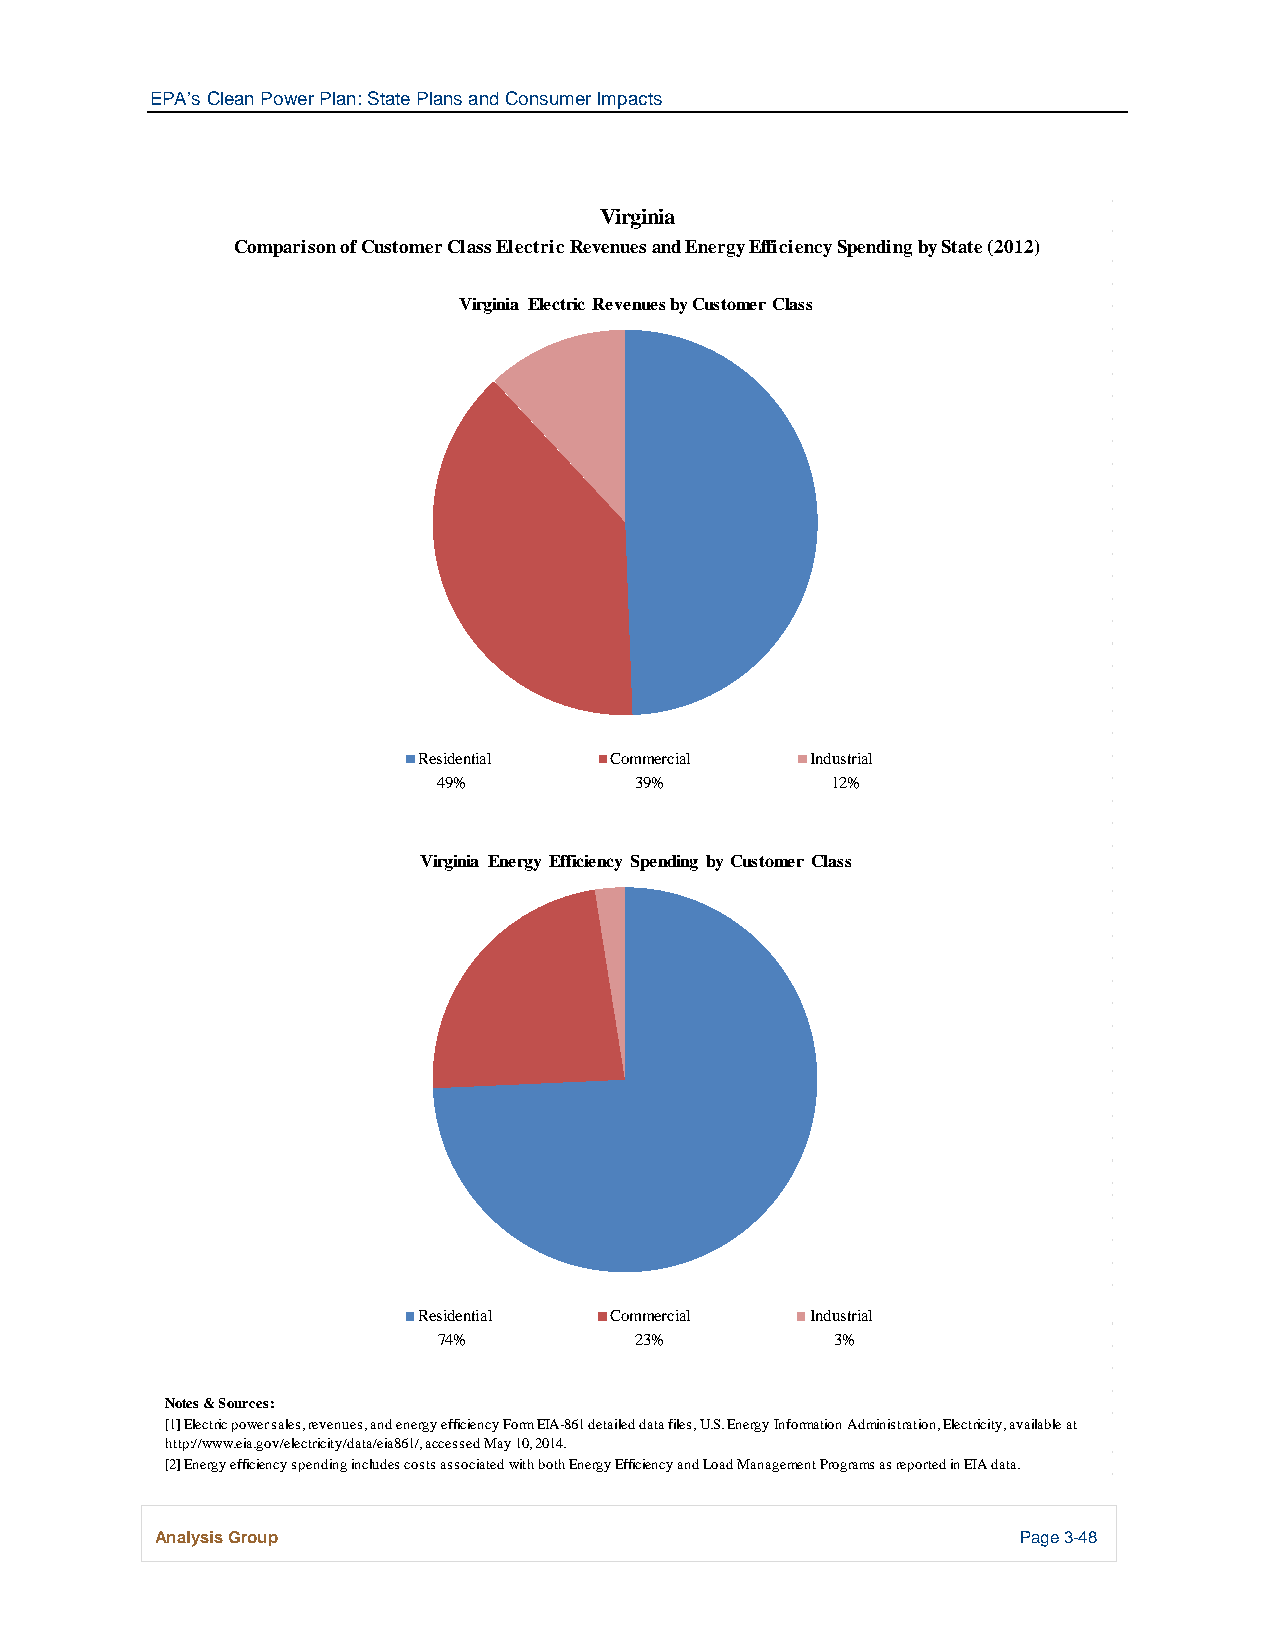
EPA’s Clean Power Plan: State Plans and Consumer Impacts
 Virginia
 Comparison of Customer Class Electric Revenues and Energy Efficiency Spending by State (2012)
 Virginia Electric Revenues by Customer Class
 Residential Commercial    Industrial
 49%          39%          12%
 Virginia Energy Efficiency Spending by Customer Class
 Residential Commercial    Industrial
 74%          23%          3%
 Notes & Sources:
 [1] Electric power sales, revenues, and energy efficiency Form EIA-861 detailed data files, U.S. Energy Information Administration, Electricity, available at
 http://www.eia.gov/electricity/data/eia861/, accessed May 10, 2014.
 [2] Energy efficiency spending includes costs associated with both Energy Efficiency and Load Management Programs as reported in EIA data.
 Analysis Group                                            Page 3-48